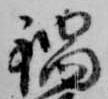
鍋